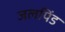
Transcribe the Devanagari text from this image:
जलपिंड